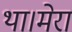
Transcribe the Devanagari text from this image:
था।मेरा